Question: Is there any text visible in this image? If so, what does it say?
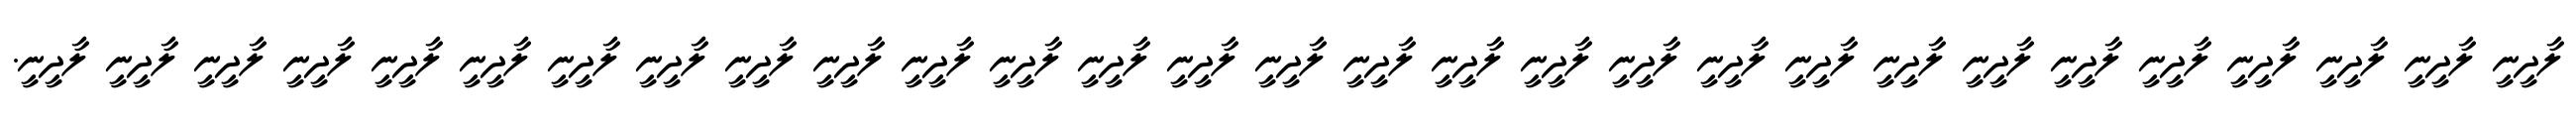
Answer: ލާދީނީ ލާދީނީ ލާދީނީ ލާދީނީ ލާދީނީ ލާދީނީ ލާދީނީ ލާދީނީ ލާދީނީ ލާދީނީ ލާދީނީ ލާދީނީ ލާދީނީ ލާދީނީ ލާދީނީ ލާދީނީ ލާދީނީ ލާދީނީ ލާދީނީ ލާދީނީ ލާދީނީ ލާދީނީ ލާދީނީ ލާދީނީ ލާދީނީ ލާދީނީ ލާދީނީ ލާދީނީ ލާދީނީ.